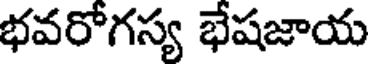
భవరోగస్య భేషజాయ